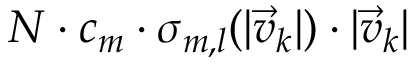
N \cdot c _ { m } \cdot \sigma _ { m , l } ( | \vec { v } _ { k } | ) \cdot | \vec { v } _ { k } |